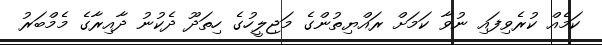
ކަމެއް ކުރެވިފައި ނުވާ ކަމަށް ރައްޔިތުންގެ މަޖިލީހުގެ ހިތަދޫ ދެކުނު ދާއިރާގެ މެމްބަރު